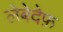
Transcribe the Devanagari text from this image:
लेबेदेफ़